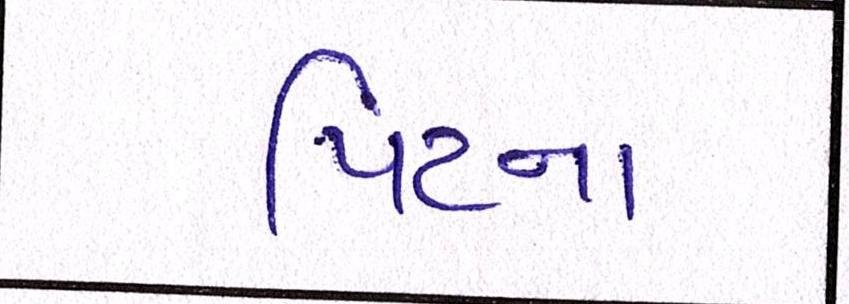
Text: પિટના